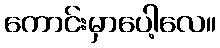
ကောင်းမှာပေါ့လေ။